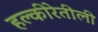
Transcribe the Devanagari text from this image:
हल्‍कीरेतीली